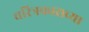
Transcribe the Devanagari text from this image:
चरित्रकाराच्या